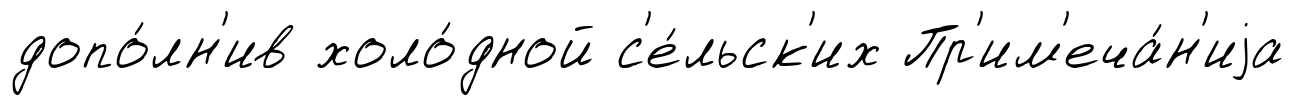
допо́лн'ив холо́дной с'е́льск'их Пр'им'еча́н'иjа